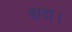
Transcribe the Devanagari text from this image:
वादा।